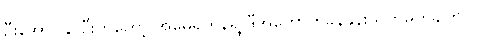
ဦးအောင်နိုင်ဦးကတော့ အမေရိကန်ရဲ့ ဒီအကောက်ခွန်နှုန်းသတ်မှတ်ချက်ကို